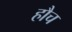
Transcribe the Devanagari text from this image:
हौच